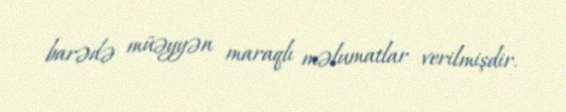
barədə müəyyən maraqlı məlumatlar verilmişdir.